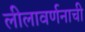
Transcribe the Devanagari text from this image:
लीलावर्णनाची